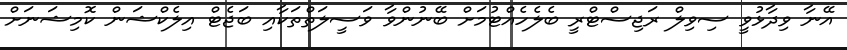
އޭނާ ވިދާޅުވީ ސިވިލް ރަޖިސްޓްރީ ބެލެހެއްޓުމަށް ބޭނުންވާ ވަސީލަތްތަކާއި ބަޖެޓް އިލެކްޝަން ކޮމިޝަނަށް